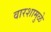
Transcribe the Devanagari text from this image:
वारशामुळे